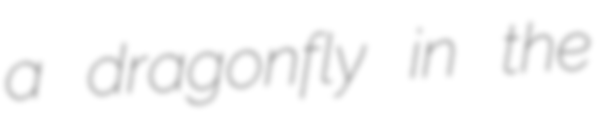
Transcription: a dragonfly in the